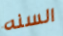
السنه